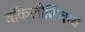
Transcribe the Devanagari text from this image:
वकिलीशिवाय